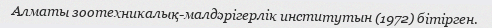
Алматы зоотехникалық-малдәрігерлік институтын (1972) бітірген.